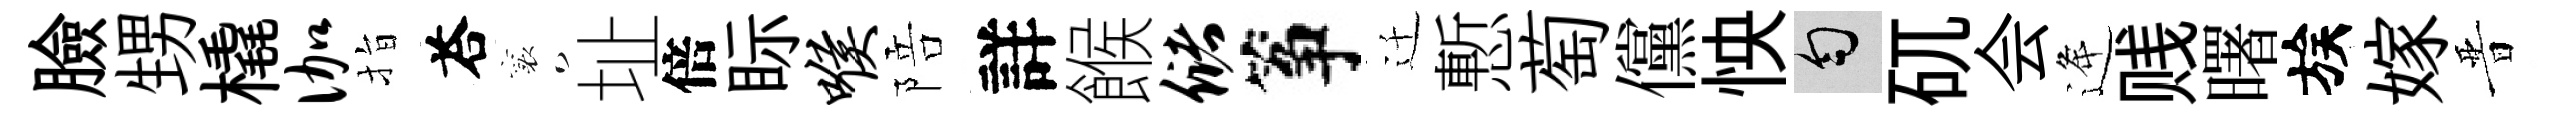
臉甥橇伽指荅襄址倍眎喉陪詳餱储筝迁慙萄儻怏匀矹会逄贱曙族嫁晋